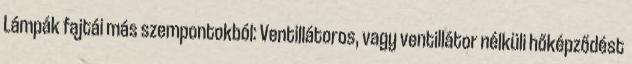
Lámpák fajtái más szempontokból: Ventillátoros, vagy ventillátor nélküli hőképződést